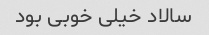
سالاد خیلی خوبی بود